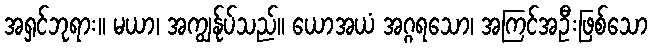
အရှင်ဘုရား။ မယာ၊ အကျွန်ုပ်သည်။ ယောအယံ အဂ္ဂရသော၊ အကြင်အဦးဖြစ်သော